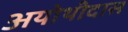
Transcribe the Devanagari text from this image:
अयोथीदास